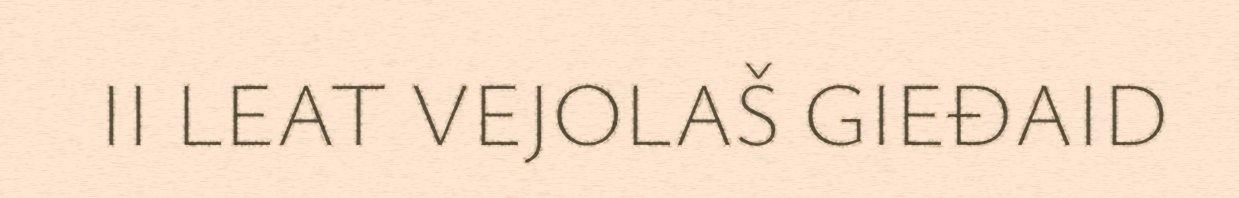
II LEAT VEJOLAŠ GIEĐAID